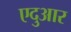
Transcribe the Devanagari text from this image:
एदुआर